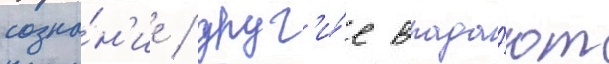
созна́н'ие / друг'и́е впада́ют